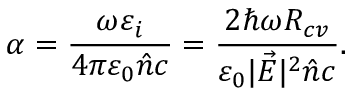
\alpha = \frac { \omega \varepsilon _ { i } } { 4 \pi \varepsilon _ { 0 } \hat { n } c } = \frac { 2 \hbar \omega R _ { c v } } { \varepsilon _ { 0 } | \vec { E } | ^ { 2 } \hat { n } c } .